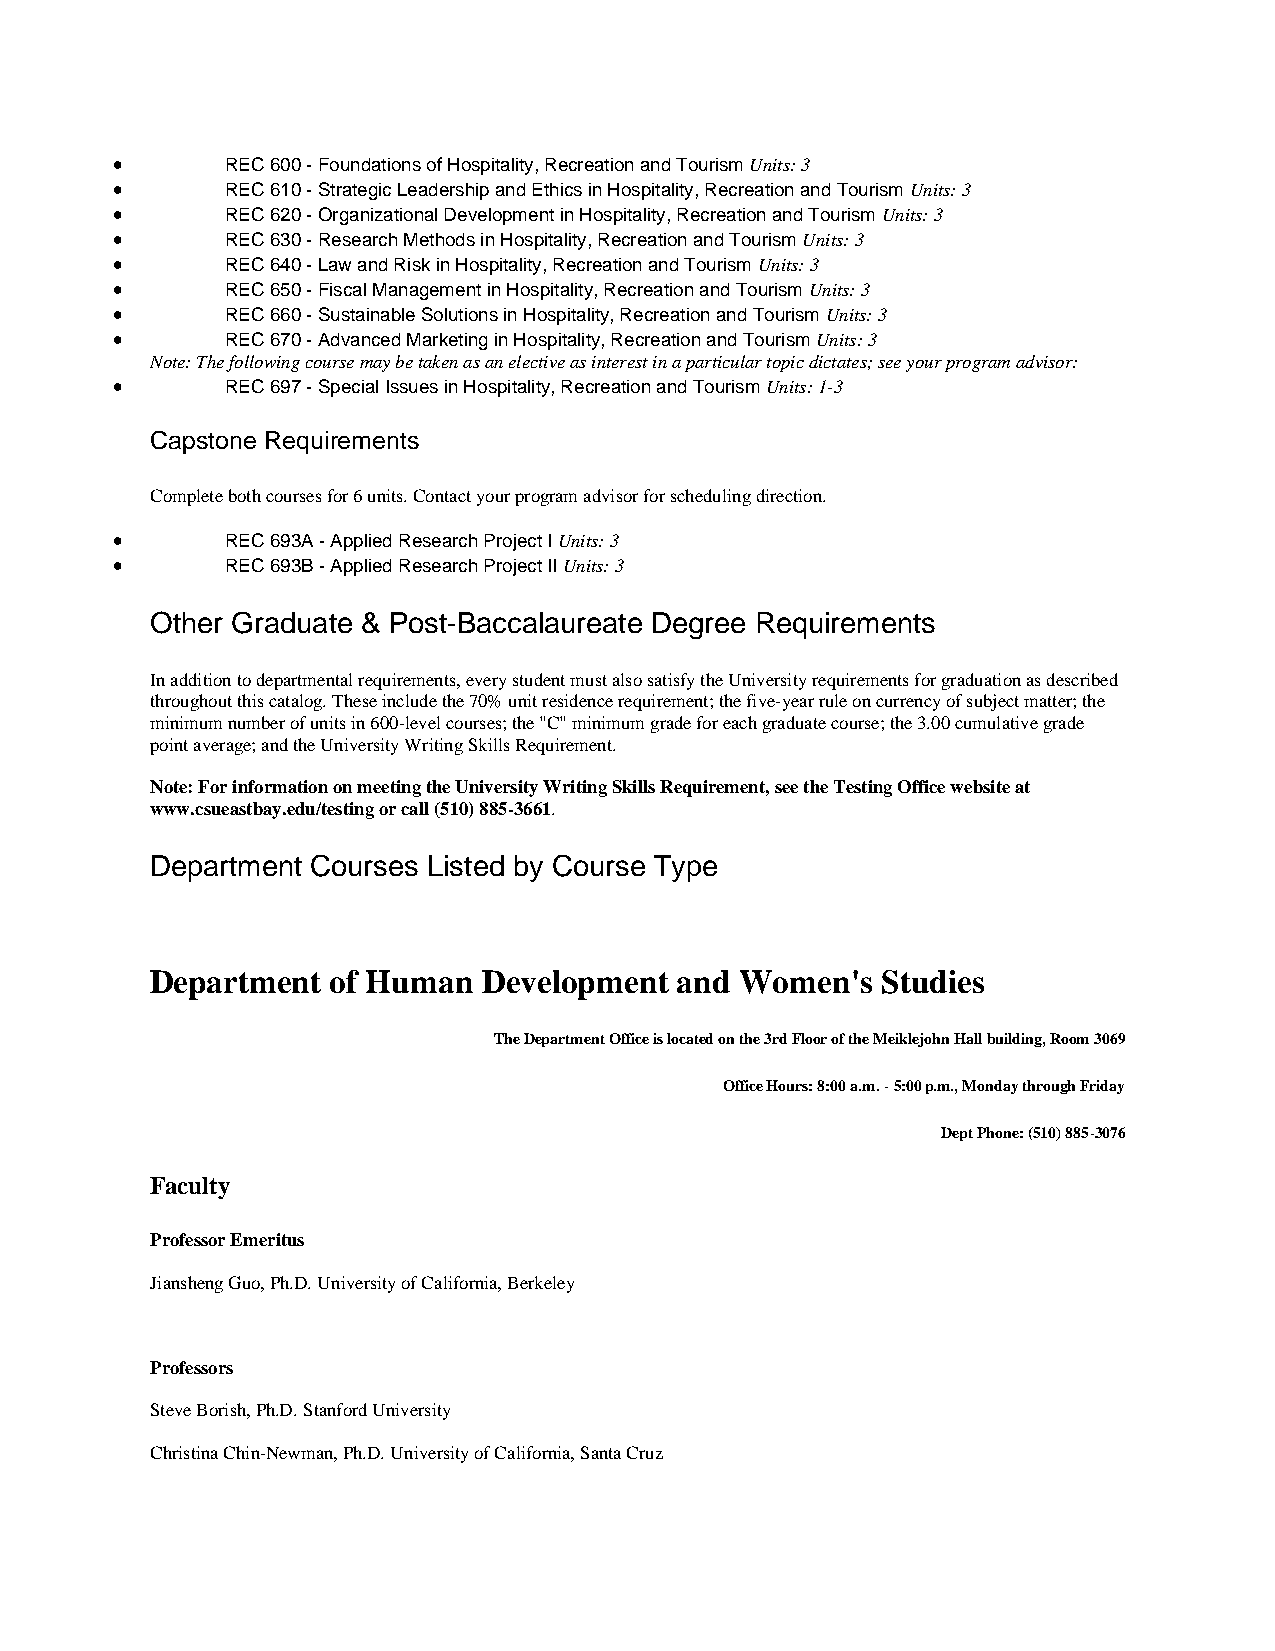
•       REC 600 - Foundations of Hospitality, Recreation and Tourism Units: 3
 •       REC 610 - Strategic Leadership and Ethics in Hospitality, Recreation and Tourism Units: 3
 •       REC 620 - Organizational Development in Hospitality, Recreation and Tourism Units: 3
 •       REC 630 - Research Methods in Hospitality, Recreation and Tourism Units: 3
 •       REC 640 - Law and Risk in Hospitality, Recreation and Tourism Units: 3
 •       REC 650 - Fiscal Management in Hospitality, Recreation and Tourism Units: 3
 •       REC 660 - Sustainable Solutions in Hospitality, Recreation and Tourism Units: 3
 •       REC 670 - Advanced Marketing in Hospitality, Recreation and Tourism Units: 3
 Note: The following course may be taken as an elective as interest in a particular topic dictates; see your program advisor:
 •       REC 697 - Special Issues in Hospitality, Recreation and Tourism Units: 1-3
 Capstone Requirements
 Complete both courses for 6 units. Contact your program advisor for scheduling direction.
 •       REC 693A - Applied Research Project I Units: 3
 •       REC 693B - Applied Research Project II Units: 3
 Other Graduate & Post-Baccalaureate Degree Requirements
 In addition to departmental requirements, every student must also satisfy the University requirements for graduation as described
 throughout this catalog. These include the 70% unit residence requirement; the five-year rule on currency of subject matter; the
 minimum number of units in 600-level courses; the "C" minimum grade for each graduate course; the 3.00 cumulative grade
 point average; and the University Writing Skills Requirement.
 Note: For information on meeting the University Writing Skills Requirement, see the Testing Office website at
 www.csueastbay.edu/testing or call (510) 885-3661.
 Department Courses Listed by Course Type
 Department  of Human  Development  and Women's  Studies
 The Department Office is located on the 3rd Floor of the Meiklejohn Hall building, Room 3069
 Office Hours: 8:00 a.m. - 5:00 p.m., Monday through Friday
 Dept Phone: (510) 885-3076
 Faculty
 Professor Emeritus
 Jiansheng Guo, Ph.D. University of California, Berkeley
 Professors
 Steve Borish, Ph.D. Stanford University
 Christina Chin-Newman, Ph.D. University of California, Santa Cruz